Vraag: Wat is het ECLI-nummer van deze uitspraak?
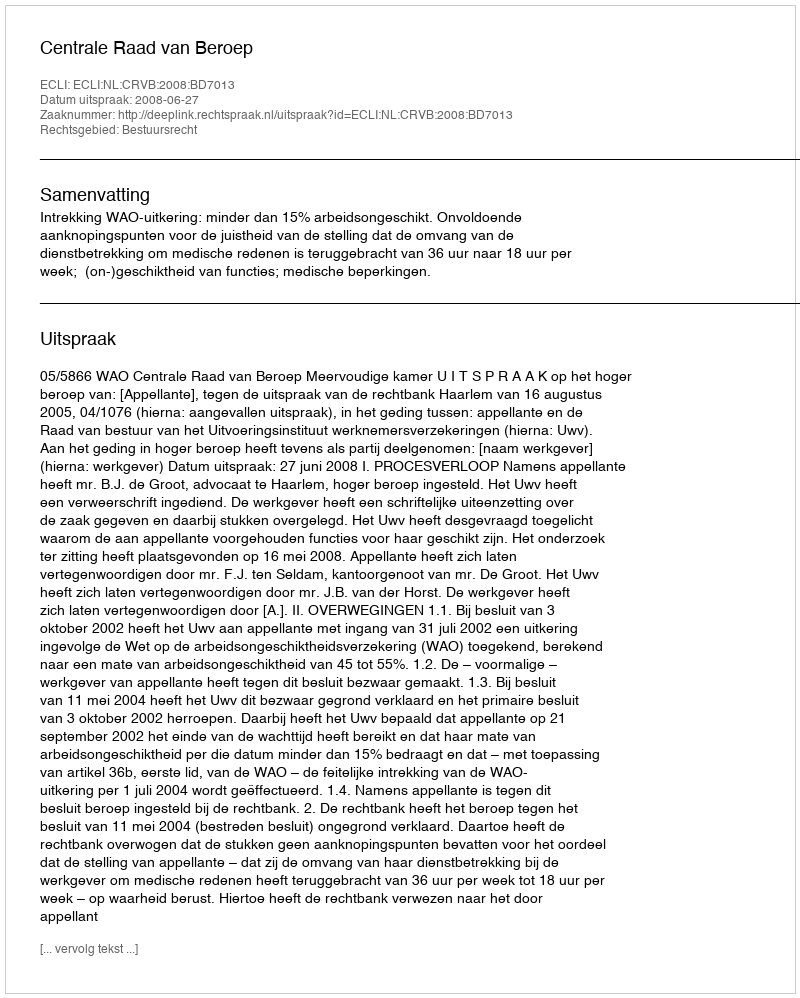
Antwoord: ECLI:NL:CRVB:2008:BD7013